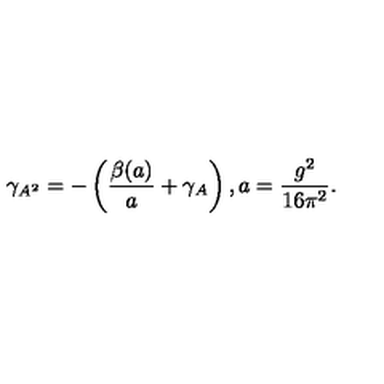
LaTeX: \gamma _ { A ^ { 2 } } = - \left( \frac { \beta ( a ) } { a } + \gamma _ { A } \right) , a = \frac { g ^ { 2 } } { 1 6 \pi ^ { 2 } } .